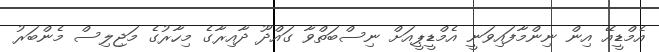
އެމްޑީއޭ އިން ނިންމާފައިވަނީ އެމްޑީޕީއަށް ނިސްބަތްވާ ގައްދޫ ދާއިރާގެ މިހާރުގެ މަޖިލިސް މެންބަރު